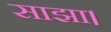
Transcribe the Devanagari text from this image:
साझा।